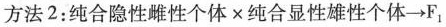
方法2：纯合隐性雌性个体 × 纯合显性雄性个体\rightarrow F_{1}